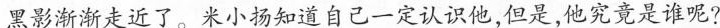
黑影渐渐走近了。来小扬知道自己一定认识他，但是,他究竟是谁呢?